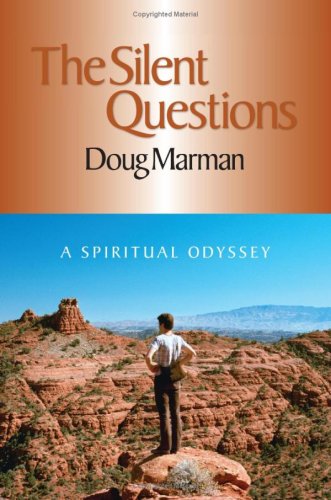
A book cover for The Silent Questions: A Spiritual Odyssey; Doug Marman; Religion & Spirituality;